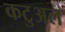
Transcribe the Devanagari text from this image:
कटुअल